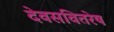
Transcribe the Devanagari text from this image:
देवसवितरेष